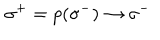
\: \sigma ^ { + } = p ( \sigma ^ { - } ) \rightarrow \sigma ^ { - } \: